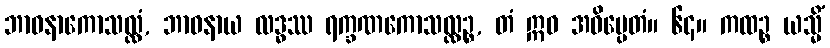
ဘာဝနာကောသလ္လံ, ဘာဝနာယ လဒ္ဓဿ ရက္ခဏကောသလ္လဉ္စ, တံ ဣဓ အဓိပ္ပေတံ။ ၆၄။ ကထဉ္စ ယသ္မိံ